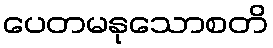
ပေတမနုသောစတိ